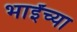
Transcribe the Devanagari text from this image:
भाईंच्या